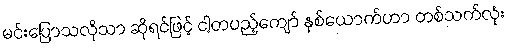
မင်းပြောသလိုသာ ဆိုရင်ဖြင့် ငါ့တပည့်ကျော် နှစ်ယောက်ဟာ တစ်သက်လုံး